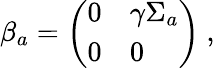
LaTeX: \beta_{a}=\left(\begin{array}{ll}{{0}}&{{\gamma\Sigma_{a}}}\\ {{0}}&{{0}}\end{array}\right)~,